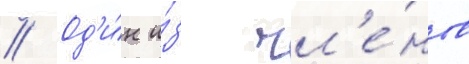
// Од'и́н и́з чл'е́нов